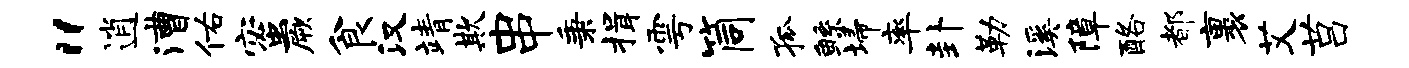
“逍漕佑蜜厥食汉靖欺串秉揖雩筒孤鲧埽率卦勒溪障酪都裹艾莒